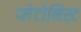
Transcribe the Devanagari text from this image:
प्लेटोनिस्ट